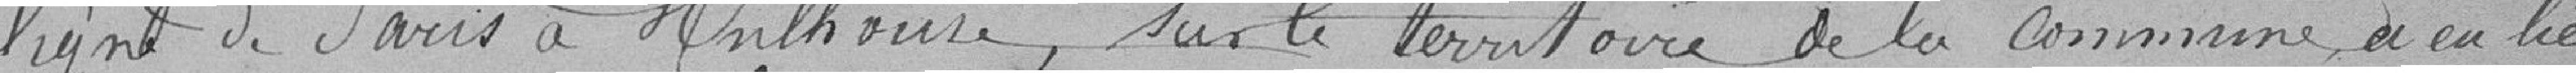
ligne de Paris à Mulhouse sur le territoire de la commune, a eu lieu